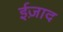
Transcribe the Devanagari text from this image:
ईज़ाद